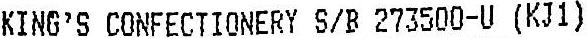
KING'S CONFECTIONERY S/B 273500-U (KJ1)